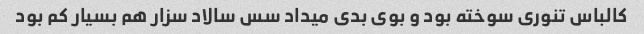
کالباس تنوری سوخته بود و بوی بدی میداد سس سالاد سزار هم بسیار کم بود